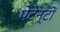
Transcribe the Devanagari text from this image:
पेटेन्टों